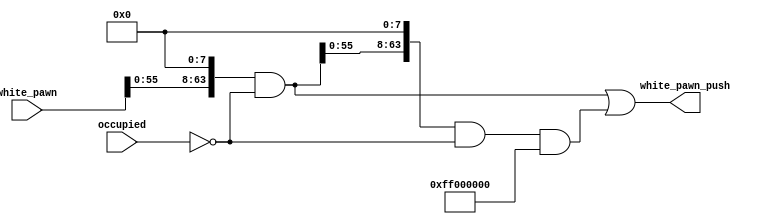
module White_Pawn_Push(
    //inputs
    occupied,
    white_pawn,
    //outputs
    white_pawn_push
);
input [63:0] occupied;
input [63:0] white_pawn;
output reg [63:0] white_pawn_push;

reg [63:0] single_push;

always @* begin
    single_push = (white_pawn << 8) & ~occupied;
    white_pawn_push = single_push | ((single_push << 8) & ~occupied & 64'h00000000FF000000);
end
endmodule